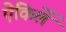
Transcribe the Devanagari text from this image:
ऐकिलें